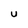
Character: u